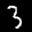
Label: 3